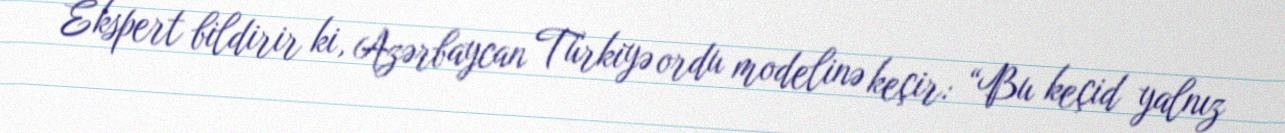
Ekspert bildirir ki, Azərbaycan Türkiyə ordu modelinə keçir: “Bu keçid yalnız